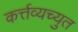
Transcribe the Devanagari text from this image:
कर्त्तव्यच्युत